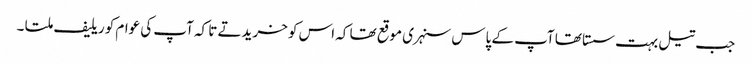
جب تیل بہت سستا تھا آپ کے پاس سنہری موقع تھا کہ اس کو خریدتے تا کہ آپ کی عوام کو ریلیف ملتا ۔